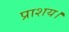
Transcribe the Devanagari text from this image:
प्राशय।